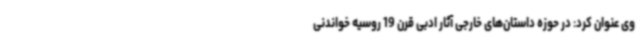
وی عنوان کرد: در حوزه داستان‌های خارجی آثار ادبی قرن 19 روسیه خواندنی